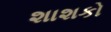
શાશકો